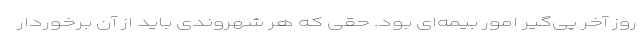
روز آخر پی‌گیر امور بیمه‌ای بود. حقی که هر شهروندی باید از آن برخوردار